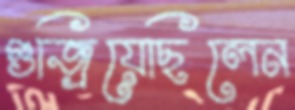
গুজ্‌রিয়েছিলেন